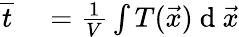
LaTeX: \begin{array}{rl}{\overline{{t}}}&{{}=\frac{1}{V}\int T(\vec{x})\mathrm{~d~}\vec{x}}\end{array}